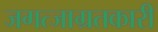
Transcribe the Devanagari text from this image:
जगत्जाग्रतकारी